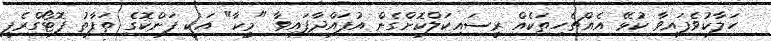
ހަލާކުވެފައިވާ ކުޅޭ އެއްޗެހިތަކެއް ރީސައިކަލްކޮށްގެން އުފައްދާފައިވާ "މީކާ" އަކީ ފަންކޮގެ ތަފާތު ފޮޓޯގްރެފީ